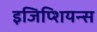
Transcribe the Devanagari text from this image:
इजिप्शियन्स